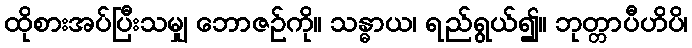
ထိုစားအပ်ပြီးသမျှ ဘောဇဉ်ကို။ သန္ဓာယ၊ ရည်ရွယ်၍။ ဘုတ္တာပီဟိပိ၊